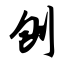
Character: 刨